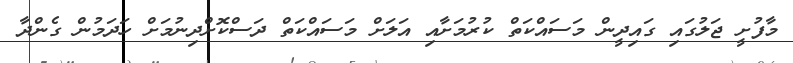
މާފުށީ ޖަލުގައި ގައިދީން މަސައްކަތް ކުރުމަށާއި އަލަށް މަސައްކަތް ދަސްކޮށްދިނުމަށް ހަދަމުން ގެންދާ